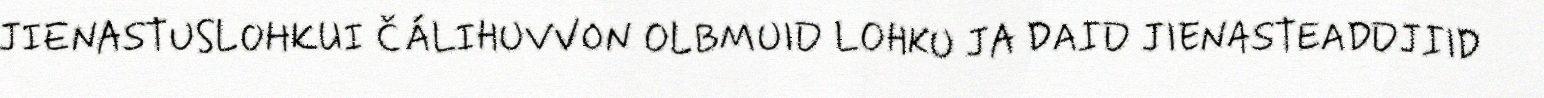
JIENASTUSLOHKUI ČÁLIHUVVON OLBMUID LOHKU JA DAID JIENASTEADDJIID